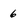
Character: 6